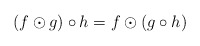
\begin{align*}(f\odot g) \circ h=f\odot (g\circ h)\end{align*}